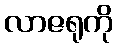
လာဇရုကို